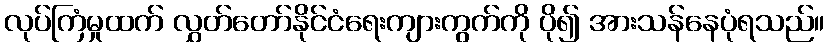
လုပ်ကြံမှုထက် လွှတ်တော်နိုင်ငံရေးကျားကွက်ကို ပို၍ အားသန်နေပုံရသည်။